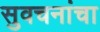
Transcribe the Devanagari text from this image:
सुवचनांचा